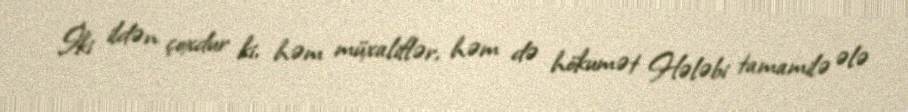
İki ildən çoxdur ki, həm müxaliflər, həm də hökumət Hələbi tamamilə ələ